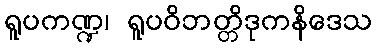
ရူပကဏ္ဍ၊ ရူပဝိဘတ္တိဒုကနိဒေသ